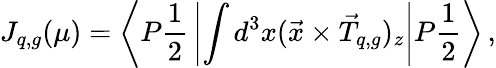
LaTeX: J_{q,g}(\mu)=\left\langle P{\frac{1}{2}}\left|\int d^{3}x(\vec{x}\times\vec{T}_{q,g})_{z}\right|P{\frac{1}{2}}\right\rangle\, ,